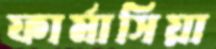
ফার্মাসিয়া